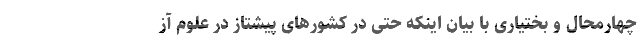
چهارمحال و بختیاری با بیان اینکه حتی در کشورهای پیشتاز در علوم آز